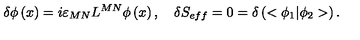
\delta \phi \left( x \right) = i \varepsilon _ { M N } L ^ { M N } \phi \left( x \right) , \quad \delta S _ { e f f } = 0 = \delta \left( < \phi _ { 1 } | \phi _ { 2 } > \right) .